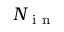
N _ { \mathrm { ~ i ~ n ~ } }